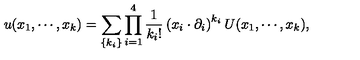
u ( x _ { 1 } , \cdots , x _ { k } ) = \sum _ { \{ k _ { i } \} } \prod _ { i = 1 } ^ { 4 } \frac { 1 } { k _ { i } ! } \left( x _ { i } \cdot \partial _ { i } \right) ^ { k _ { i } } U ( x _ { 1 } , \cdots , x _ { k } ) ,